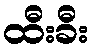
ထီးခီး